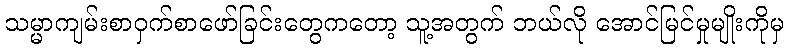
သမ္မာကျမ်းစာဝှက်စာဖော်ခြင်းတွေကတော့ သူ့အတွက် ဘယ်လို အောင်မြင်မှုမျိုးကိုမှ